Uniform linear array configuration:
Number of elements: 16
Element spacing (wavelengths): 0.25
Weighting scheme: hamming
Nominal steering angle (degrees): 60
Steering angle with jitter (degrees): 60.41
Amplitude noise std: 0.05
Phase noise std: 0.05

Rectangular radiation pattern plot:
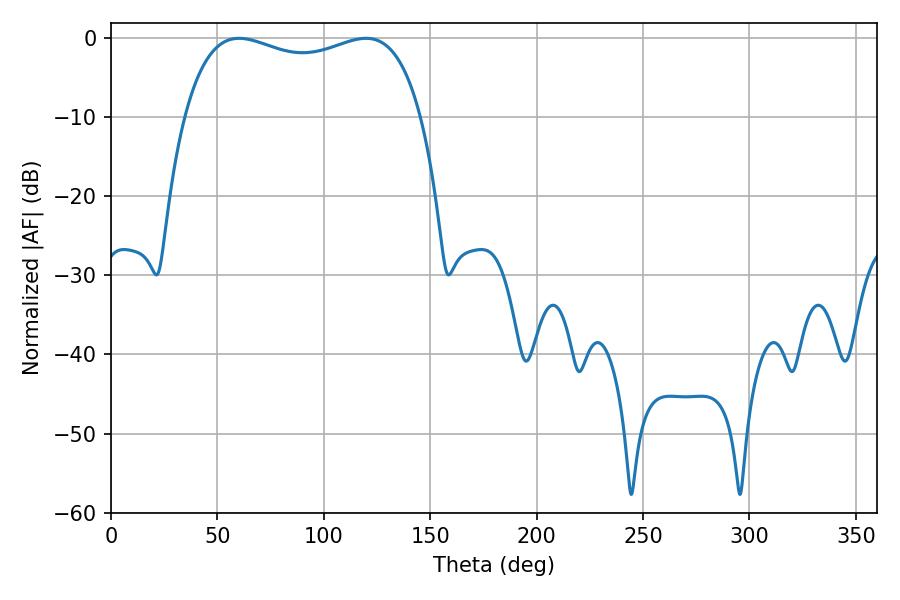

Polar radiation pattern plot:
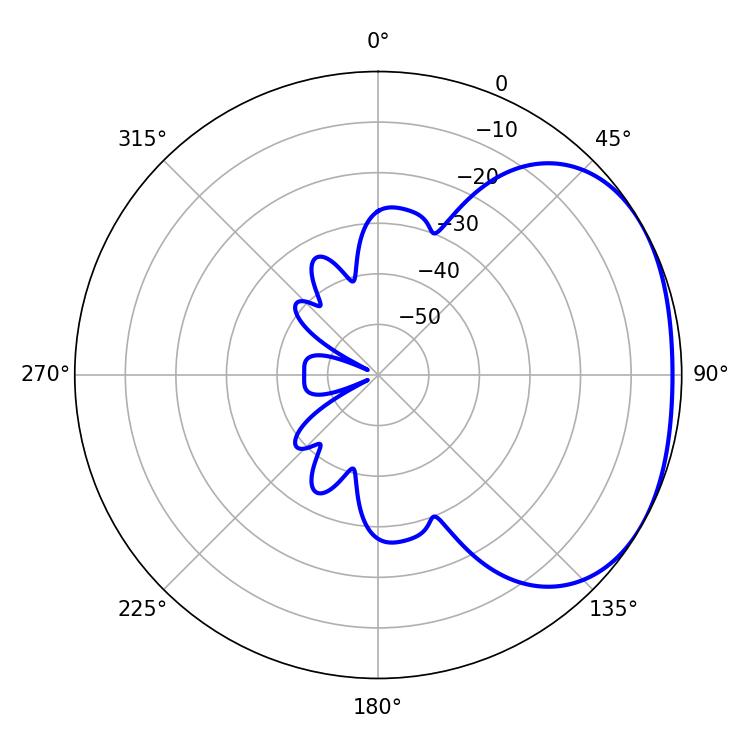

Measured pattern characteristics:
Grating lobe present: FALSE
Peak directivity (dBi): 2.102
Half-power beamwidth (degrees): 91.08
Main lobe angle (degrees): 60.12